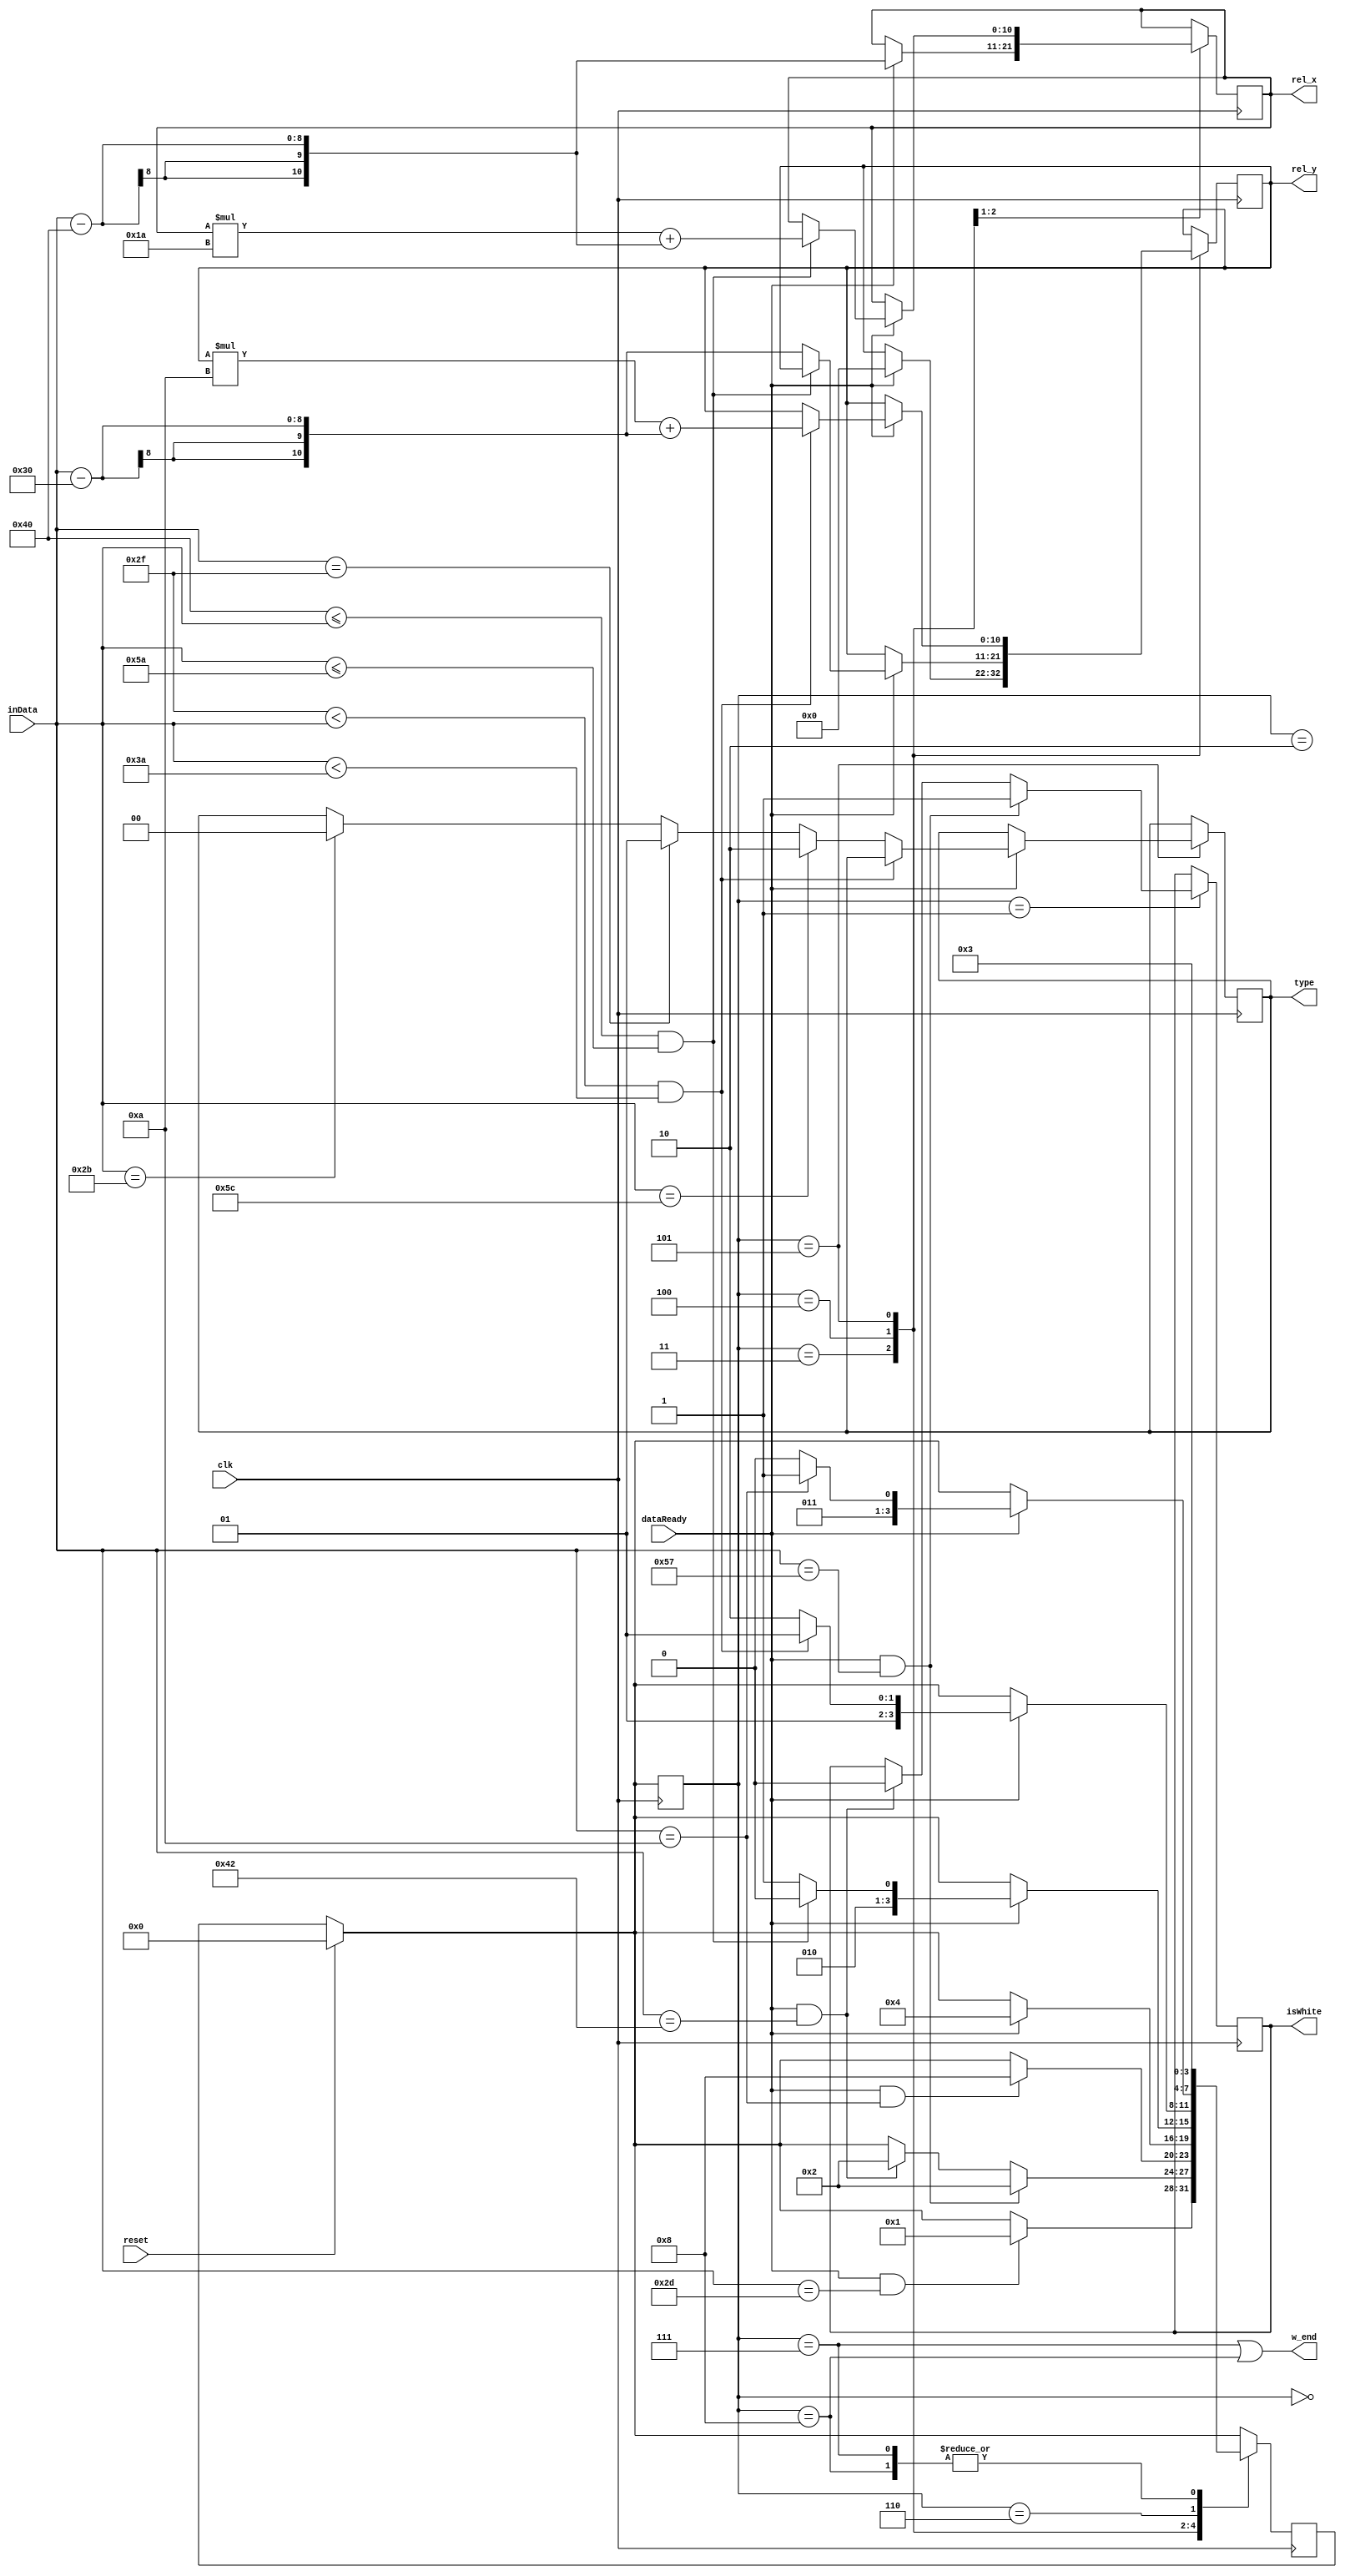
module recieveOrder(input [7:0] inData, input dataReady, output reg isWhite, input clk, 
	input reset, output reg [x_width:0] rel_x, rel_y, output reg [1:0] type, output w_end);
	reg [3:0] prev, next;
	parameter x_width=10;
	always @(posedge clk) begin
		//if(clk==1) begin
			if(reset==1)
				prev<=0;
			else
				prev<=next;
		//end
	end
	
	assign w_end = (prev==7)||(prev==8);
	//assign reset = (prev==0);
	
	always @(posedge clk) begin
		if(reset)
			next=0;
		case (prev)
			0: begin if(dataReady && inData==8'd45) next=1; end
			1: begin if(dataReady && inData==8'd87) begin isWhite=1; next=2; end 
				else if(dataReady && inData==8'd66) begin isWhite=0; next=2; end end
			2:	begin if(dataReady && inData==8'd10) next=8; end
			8: begin
				next = 3;
			end
			3: begin if(dataReady) begin rel_x=inData-8'd64; rel_y=0; next=4; end end
			4: begin
				if(dataReady) begin
					if(8'd64<=inData && inData<=8'd90) begin 
						rel_x=(rel_x)*8'd26 + (inData-8'd64); next=4; 
					end else begin 
						rel_y=inData-8'd48; next=5;
					end end
				end
			5: begin
				if(dataReady) begin
					if((8'd47<inData) && (inData<8'd58)) begin
						rel_y=(rel_y*8'd10) + (inData-8'd48); next=5;
					end
					else begin
						if(inData==8'd43)
							type=0; // +
						if(inData==8'd47)
							type=1; // /
						if(inData==8'd92)
							type=2; // \
						next=6;
					end
				end
				end
			6: begin 
					if(dataReady) begin
						if(inData==8'd10) next=7;
						else next=6;
					end
				end
			7: next=3;
		endcase
	end
	
endmodule